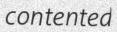
contented